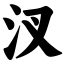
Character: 汊